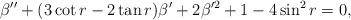
LaTeX: \begin{align*}\beta''+(3\cot r-2\tan r)\beta'+2 \beta'^2+1-4\sin^2r=0,\end{align*}